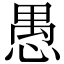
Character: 愚